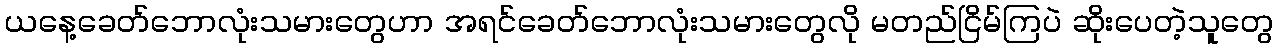
ယနေ့ခေတ်ဘောလုံးသမားတွေဟာ အရင်ခေတ်ဘောလုံးသမားတွေလို မတည်ငြိမ်ကြပဲ ဆိုးပေတဲ့သူတွေ